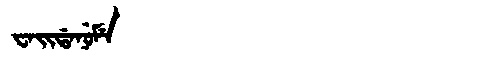
Manchu: ᠸᠠᡳᡩᠠᠨᡠᠮᡝ
Romanization: WAIDANUME